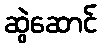
ဆွဲဆောင်